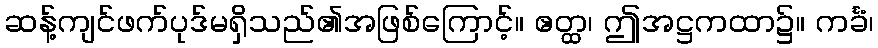
ဆန့်ကျင်ဖက်ပုဒ်မရှိသည်၏အဖြစ်ကြောင့်။ ဧတ္ထ၊ ဤအဋ္ဌကထာ၌။ ကင်္ခံ၊